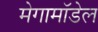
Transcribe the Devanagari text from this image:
मेगामॉडेल